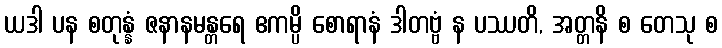
ယဒါ ပန စတုန္နံ ဇနာနမန္တရေ ဧကမ္ပိ စောရာနံ ဒါတဗ္ဗံ န ပဿတိ, အတ္တနိ စ တေသု စ